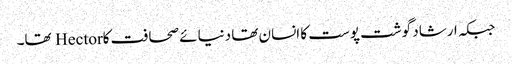
جبکہ ارشاد گوشت پوست کا انسان تھا دنیائے صحافت کاHector تھا۔